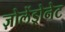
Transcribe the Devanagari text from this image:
ज़ोलेंड्रोनेट